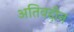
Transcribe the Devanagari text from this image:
अतिवद्दीन